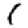
Digit: 1